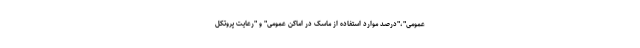
عمومی"،"درصد موارد استفاده از ماسک در اماکن عمومی" و "رعایت پروتکل